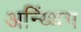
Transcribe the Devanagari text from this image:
अन्य्थिंग